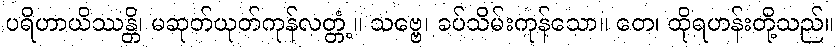
ပရိဟာယိဿန္တိ၊ မဆုတ်ယုတ်ကုန်လတ္တံ့။ သဗ္ဗေ၊ ခပ်သိမ်းကုန်သော။ တေ၊ ထိုရဟန်းတို့သည်။